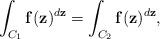
LaTeX: \begin{align*} \int _{C_1}\mathbf{f}(\mathbf{z})^{d\mathbf{z}}=\int _{C_2}\mathbf{f}(\mathbf{z})^{d\mathbf{z}}, \end{align*}